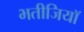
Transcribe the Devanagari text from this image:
भतीजियाॅ